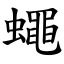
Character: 蠅